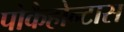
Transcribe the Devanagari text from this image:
पोकैहोन्टास